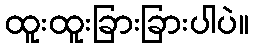
ထူးထူးခြားခြားပါပဲ။